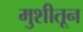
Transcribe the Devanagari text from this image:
मुशीतून